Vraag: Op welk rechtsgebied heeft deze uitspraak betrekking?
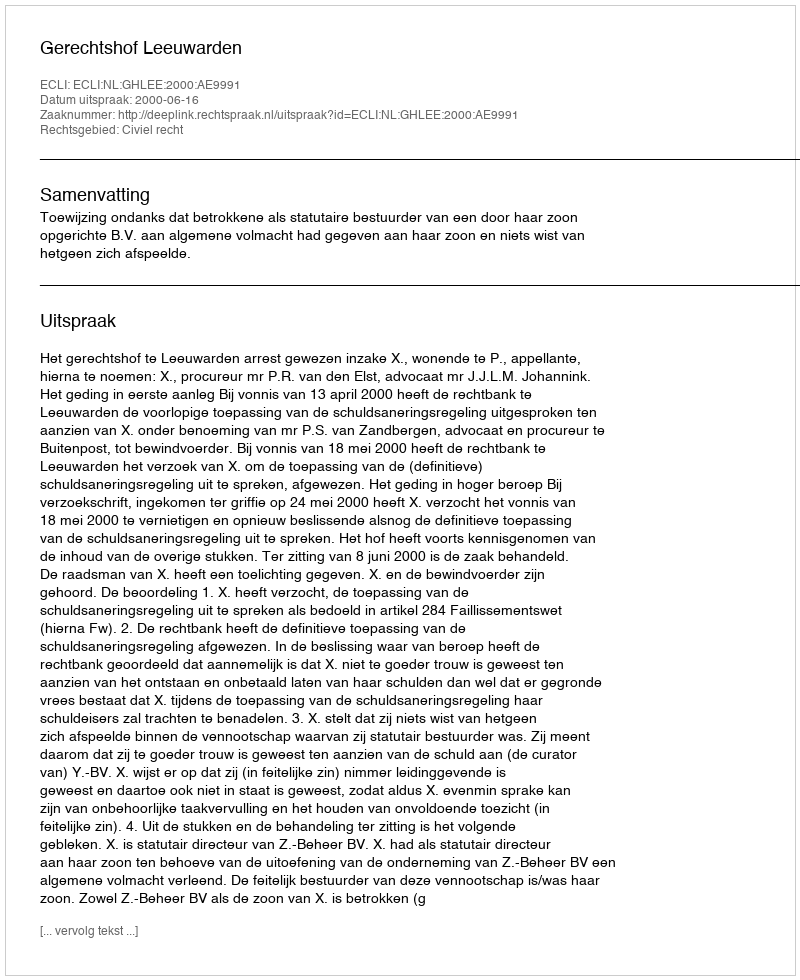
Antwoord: Civiel recht